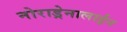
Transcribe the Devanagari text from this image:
नोराड्रेनालाईन